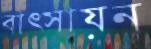
বাত্সায়ন